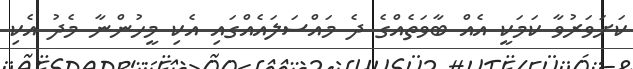
ކަށަވަރުވާ ކަމަކީ އެއް ބާވަތެއްގެ ދެ މައްސަލައެއްގައި އެކި މީހުންނާ މެދު އެކި